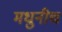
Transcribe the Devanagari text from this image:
मधुनीच